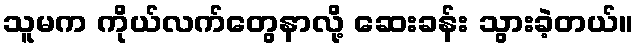
သူမက ကိုယ်လက်တွေနာလို့ ဆေးခန်း သွားခဲ့တယ်။